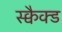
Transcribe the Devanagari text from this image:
स्क्वैक्ड